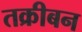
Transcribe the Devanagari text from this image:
तक्रीबन